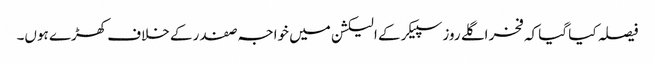
فیصلہ کیا گیا کہ فخر اگلے روز سپیکر کے الیکشن میں خواجہ صفدر کے خلاف کھڑے ہوں۔